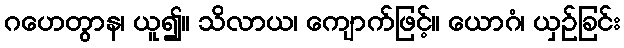
ဂဟေတွာန၊ ယူ၍။ သိလာယ၊ ကျောက်ဖြင့်။ ယောဂံ၊ ယှဉ်ခြင်း